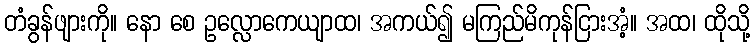
တံခွန်ဖျားကို။ နော စေ ဥလ္လောကေယျာထ၊ အကယ်၍ မကြည်မိကုန်ငြားအံ့။ အထ၊ ထိုသို့